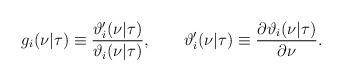
LaTeX: \begin{align*}g_i(\nu|\tau)\equiv{\vartheta'_i(\nu|\tau)\over\vartheta_i(\nu|\tau)}, \qquad \vartheta'_i(\nu|\tau)\equiv{\partial\vartheta_i(\nu|\tau)\over\partial\nu}.\end{align*}